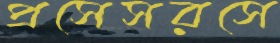
প্রসেসরসে